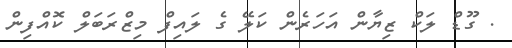
. ގޫޑް ލަކް ޒިޔާން އަހަރެން ކަލޭ ގެ ލައިފް މިޒްރަބަލް ކޮއްފިން